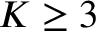
K \geq 3